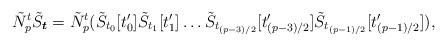
LaTeX: \begin{align*}\tilde{N}_p^t\tilde{S}_{\boldsymbol{t}}=\tilde{N}_p^t(\tilde{S}_{t_0}[t'_0]\tilde{S}_{t_1}[t'_1]\dots\tilde{S}_{t_{(p-3)/2}}[t_{(p-3)/2}']\tilde{S}_{t_{(p-1)/2}}[t_{(p-1)/2}']),\end{align*}